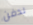
لدفن